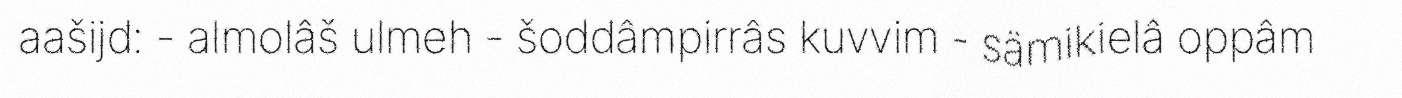
aašijd: - almolâš ulmeh - šoddâmpirrâs kuvvim - sämikielâ oppâm